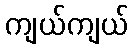
ကျယ်ကျယ်